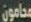
محامون